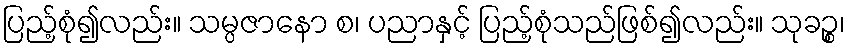
ပြည့်စုံ၍လည်း။ သမ္ပဇာနော စ၊ ပညာနှင့် ပြည့်စုံသည်ဖြစ်၍လည်း။ သုခဉ္စ၊